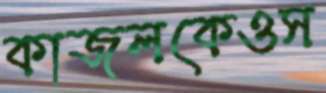
কাজলকেওস